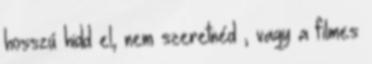
hosszú hidd el, nem szeretnéd , vagy a filmes